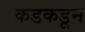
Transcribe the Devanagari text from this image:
कडकडून